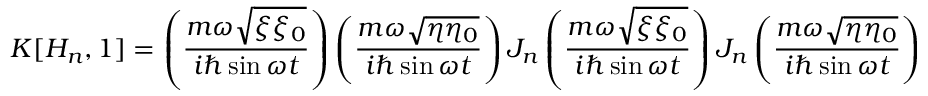
K [ H _ { n } , 1 ] = \left( \frac { m \omega \sqrt { \xi \xi _ { 0 } } } { i \hbar \sin \omega t } \right) \left( \frac { m \omega \sqrt { \eta \eta _ { 0 } } } { i \hbar \sin \omega t } \right) J _ { n } \left( \frac { m \omega \sqrt { \xi \xi _ { 0 } } } { i \hbar \sin \omega t } \right) J _ { n } \left( \frac { m \omega \sqrt { \eta \eta _ { 0 } } } { i \hbar \sin \omega t } \right) \nonumber